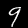
Digit: 9